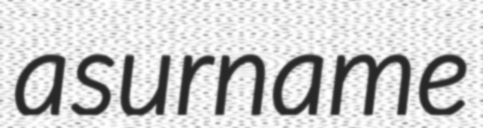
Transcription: a surname